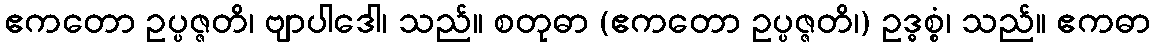
ဧကတော ဥပ္ပဇ္ဇတိ၊ ဗျာပါဒေါ၊ သည်။ စတုဓာ (ဧကတော ဥပ္ပဇ္ဇတိ၊) ဥဒ္ဓစ္စံ၊ သည်။ ဧကဓာ